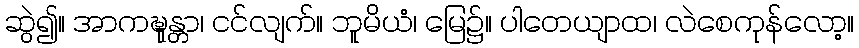
ဆွဲ၍။ အာကဍ္ဎုန္တာ၊ ငင်လျက်။ ဘူမိယံ၊ မြေ၌။ ပါတေယျာထ၊ လဲစေကုန်လော့။